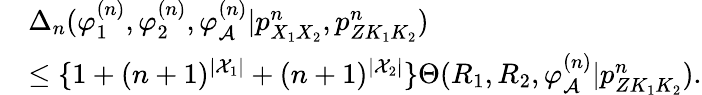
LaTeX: \begin{array}{rl}&{\Delta_{n}(\varphi_{1}^{(n)},\varphi_{2}^{(n)},\varphi_{\cal A}^{(n)}|p_{X_{1}X_{2}}^{n},{p_{ZK_{1}K_{2}}^{n}})}\\ &{\leq\{ 1+(n+1)^{|{\cal X}_{1}|}+(n+1)^{|{\cal X}_{2}|}\} \Theta(R_{1},R_{2},\varphi_{\cal A}^{(n)}|{p_{ZK_{1}K_{2}}^{n}}).}\end{array}